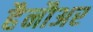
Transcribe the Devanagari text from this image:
हैनौअर